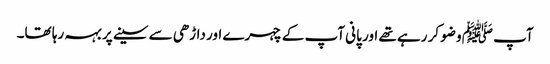
آپ ﷺ وضو کر رہے تھے اور پانی آپ کے چہرے اور داڑھی سے سینے پر بہہ رہا تھا۔